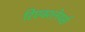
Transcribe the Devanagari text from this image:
रिएक्शनेयर्स